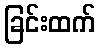
ခြင်းထက်